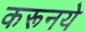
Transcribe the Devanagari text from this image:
करूनये